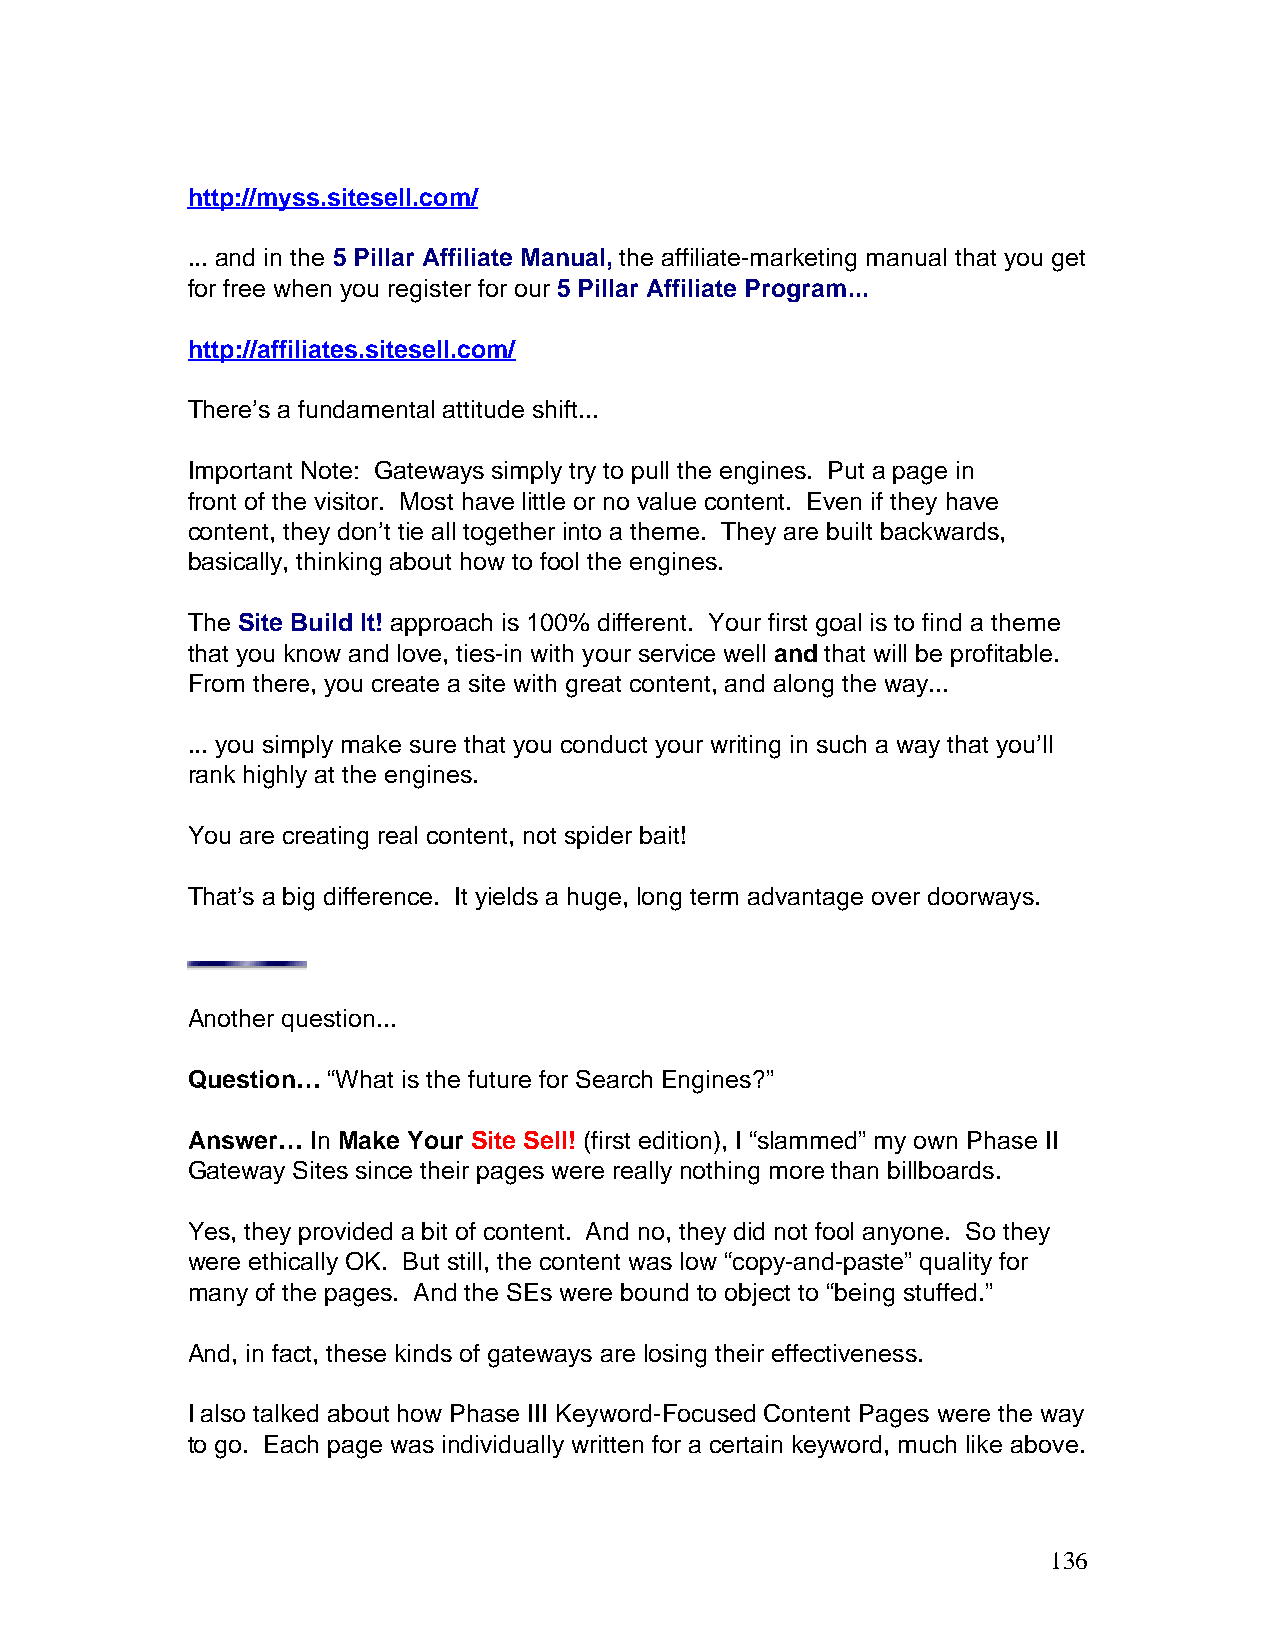
http://myss.sitesell.com/
 ... and in the 5 Pillar Affiliate Manual, the affiliate-marketing manual that you get
 for free when you register for our 5 Pillar Affiliate Program...
 http://affiliates.sitesell.com/
 There’s a fundamental attitude shift...
 Important Note: Gateways simply try to pull the engines. Put a page in
 front of the visitor. Most have little or no value content. Even if they have
 content, they don’t tie all together into a theme. They are built backwards,
 basically, thinking about how to fool the engines.
 The Site Build It! approach is 100% different. Your first goal is to find a theme
 that you know and love, ties-in with your service well and that will be profitable.
 From there, you create a site with great content, and along the way...
 ... you simply make sure that you conduct your writing in such a way that you’ll
 rank highly at the engines.
 You are creating real content, not spider bait!
 That’s a big difference. It yields a huge, long term advantage over doorways.
 Another question...
 Question… “What is the future for Search Engines?”
 Answer…  In Make Your Site Sell! (first edition), I “slammed” my own Phase II
 Gateway Sites since their pages were really nothing more than billboards.
 Yes, they provided a bit of content. And no, they did not fool anyone. So they
 were ethically OK. But still, the content was low “copy-and-paste” quality for
 many of the pages. And the SEs were bound to object to “being stuffed.”
 And, in fact, these kinds of gateways are losing their effectiveness.
 I also talked about how Phase III Keyword-Focused Content Pages were the way
 to go. Each page was individually written for a certain keyword, much like above.
 136